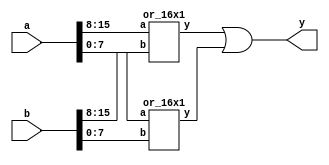
//*********************
// 32 input OR gate
//*********************
module or_32x1(
	input [15:0] a , b,
	output y
);
wire [1:0] s;
// instances 
or_16x1 u1(.a(a[15:8]),.b(b[15:8]), .y(s[1]));
or_16x1 u2(.a(a[7:0]),.b(b[7:0]), .y(s[0]));
// interface: (x2) 16x1_or -> 32x1_or
or(y,s[1],s[0]);
endmodule

//*********************
// 16 input OR gate
//*********************
module or_16x1(
	input [7:0] a , b,
	output y
);
wire [1:0] s;
// instace  
or_8x1 u1(.a(a[7:4]),.b(b[7:4]), .y(s[1]));
or_8x1 u2(.a(a[3:0]),.b(b[3:0]), .y(s[0]));
// interface: 4x1_or -> 8x1_and
or(y,s[1],s[0]);
endmodule	

//*********************
// 8 input OR gate
//*********************
module or_8x1(
	input [3:0] a , b,
	output y
);
wire [1:0] s; 
// instantiations
or_4x1 or1(.a(a[3:2]), .b(b[3:2]), .y(s[1]));
or_4x1 or2(.a(a[1:0]), .b(b[1:0]), .y(s[0]));
// interface 
or(y,s[1],s[0]);
endmodule

//*********************
// 4 input OR gate
//*********************
module or_4x1(
	input [1:0] a , b,
	output y
);
wire [1:0] s; 
// interface 
or(s[1],a[1],b[1]);
or(s[0],a[0],b[0]);
or(y,s[1],s[0]);
endmodule